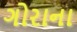
ગોરાના